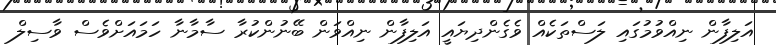
އަލިފާން ނިއްވުމުގައި ލަސްތަކެއް ވެގެންދިޔައީ އަލިފާން ނިއްވަން ބޭނުންކުރާ ސާމާނާ ހަމައަށްވެސް ވާސިލް